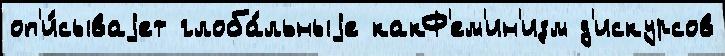
оп'и́сываjет глоба́льныjе какФ'ем'ин'изм д'искурсов